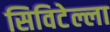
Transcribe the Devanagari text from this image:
सिविटेल्ला